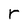
Character: r